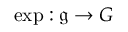
\exp : { \mathfrak { g } } \to G